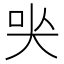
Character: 𡘈